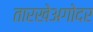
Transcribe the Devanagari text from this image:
तारखेअगोदर